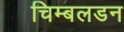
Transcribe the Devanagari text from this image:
चिम्बलडन